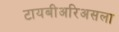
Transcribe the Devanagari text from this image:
टायबीअरिअसला